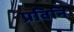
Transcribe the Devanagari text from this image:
प्रविनि